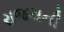
રાજયની